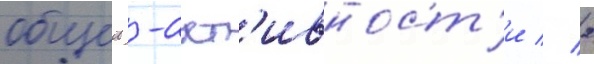
общеи -акт'ивност'и // 2